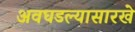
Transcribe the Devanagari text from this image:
अवघडल्यासारखे